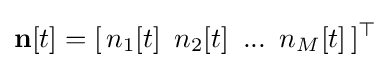
\mathbf {n} [t]=[\,n_{1}[t]\,\ n_{2}[t]\,\ ...\,\ n_{M}[t]\,]^{\top }